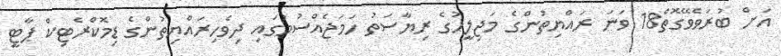
އަށް ބުރަވެވޭގޮތް18 ވަނަ ރައްޔިތުންގެ މަޖިލީހުގެ ރިޔާސަތު ހަމަޖެއްސުމުގައި ދިވެހިރައްޔިތުންގެ ޑިމޮކްރެޓިކް ޕާޓީ